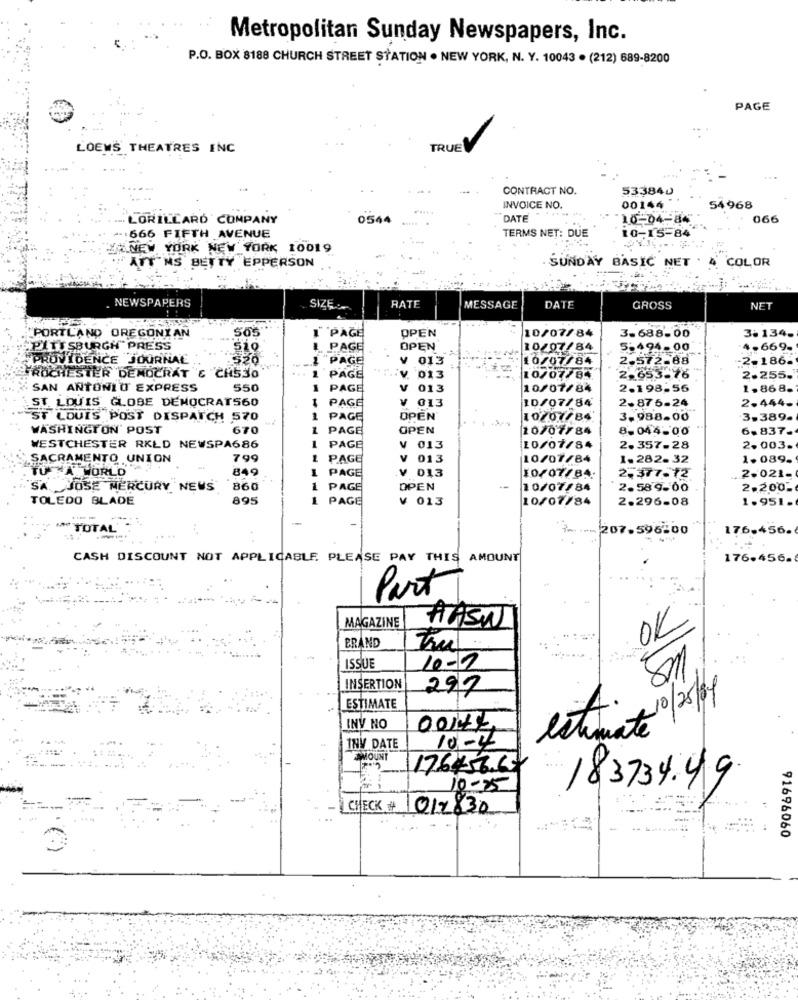
Metropolitan Sunday Newspapers, Inc.
P.O. BOX 8188 CHURCH STREET STATION . NEW YORK, N. Y. 10043 . (212) 689-8200
PAGE
LOEWS THEATRES ENC
TRUE
...
CONTRACT NO.
533840
INVOICE NO.
00144"
54968
LORILLARD COMPANY
0544
DATE
10-04-84
066
TERMS NET: DUE
10-15-84
... 666 FIFTH AVENUE
TXANEW YORK NEW YORK 10019
ATT MS BETTY EPPERSON
SUNDAY BASIC NET
COLOR
NEWSPAPERS
SIZE
RATE
MESSAGE
DATE
GROSS
NET
"PORTLAND OREGONYAN
"PAGE
OPEN
3.688-00
3.134.
10/07/84
PITTSBURGH" PRESS
si
PAGE
OPEN
10/07/84
5-494-00
4.669-
PROVIDENCE JOURNAL
1 "PAGE
V 013
10/07/84
2.572-88
-2-186.
FROCHESTER DEMOCRAT & CH530
1
PAGE
:V. 013
10/07/8%
2.653.76
2.255.
SAN ANTONIO EXPRESS
550
1
PAGE
V
013
10/07/84
2-198.56
1.868-
ST. LOUIS GLOBE DEMOCRAT560
PAGE
¥ 013
10/07/84
2.444-
2-876-24
ST LOUIS POST DISPATCH 570
1
PAGE
OPEN
10207/84
3.988.00
3.389-
WASHINGTON' POST
670
1
PAGE
OPEN
10/07/84
8.044-00
6-837-
WESTCHESTER RKLD NEWSPA686
1
PAGE
4 013
10/07/84
2.357-28
2.003.
SACRAMENTO UNION
799
1 PAGE
V 013
10/07/84
1. 282-32
1.089.
TU TALORLD
849
2.377.12
1 PAGE
10/07/84
2.021-
SA JOSE MERCURY NEWS
860
1 PAGE
OPEN
10/07/84
2.589.00
2.200-
TOLEDO BLADE
995
1
PAGE
¥ 013
10/07/84
2.296-08
1.951 .
TOTAL
.... 207.596:00
176-456.
CASH DISCOUNT NOT APPLICABLE. PLEASE PAY THIS AMOUNT
176-456.
Part
MAGAZINE
OK
AASW
BRAND
Tru
ISSUE
10-0
8m.
INSERTION
297
ESTIMATE
estimate 10/25/89
INV NO
00144
INV DATE
10-4
AMOUNT
176456.63
183734.49
10-25
CHECK # 1017830
91696060